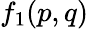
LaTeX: f_{1}(p,q)